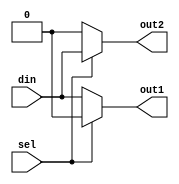
 module demux_1_2(input din, sel, output out1, out2);

    assign out1 = (sel)? 1'b0: din;
    assign out2 = (sel)? din : 1'b0;

 endmodule